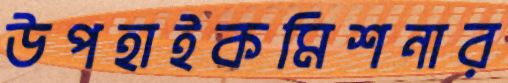
উপহাইকমিশনার